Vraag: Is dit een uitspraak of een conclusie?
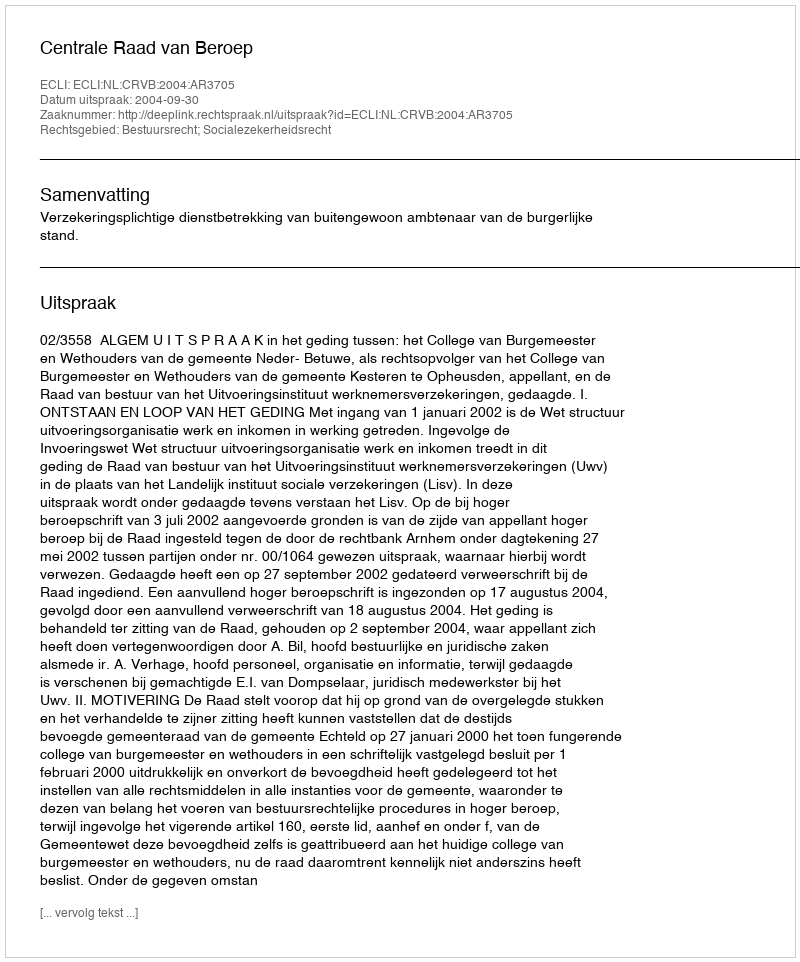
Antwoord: Uitspraak